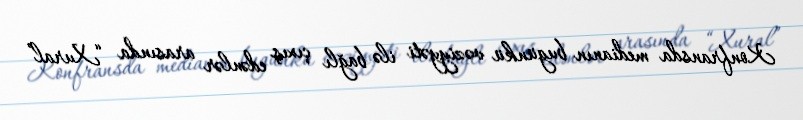
Konfransda medianın bugünkü vəziyyəti ilə bağlı çıxış edənlər arasında “Xural”